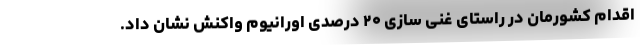
اقدام کشورمان در راستای غنی سازی ۲۰ درصدی اورانیوم واکنش نشان داد.